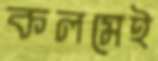
কলমেই